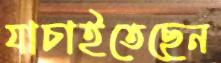
যাচাইতেছেন